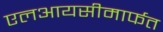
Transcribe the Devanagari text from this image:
एलआयसीमार्फत